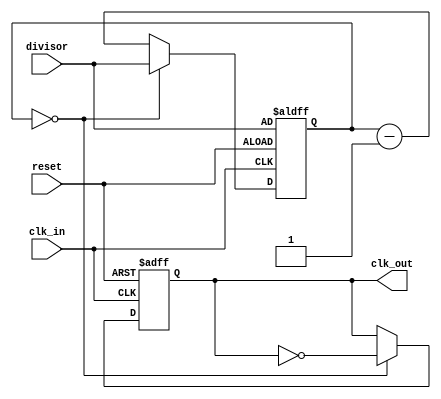
`timescale 1ns / 1ps
//////////////////////////////////////////////////////////////////////////////////
// Student: Tawseef Patel 101145333
// 
// Module Name: clock_divider
// Design Name: clock_divider.v
// Project Name: Lab9_3_1
//
//////////////////////////////////////////////////////////////////////////////////


module clock_divider(
    input clk_in, reset,
    input [22:0] divisor,
    output reg clk_out
    );

reg [22:0] count = 0;

always @( posedge clk_in, posedge reset ) begin

    if (reset) begin
        count <= divisor;
        clk_out <= 0;
    end

    else begin// not resetting
        if ( count == 0 ) begin
            // terminal count reached
            count <= divisor;
            clk_out <= ~clk_out;
        end
        else begin
            // normal decrement
            count <= count - 1;
        end
    end
    
end

endmodule